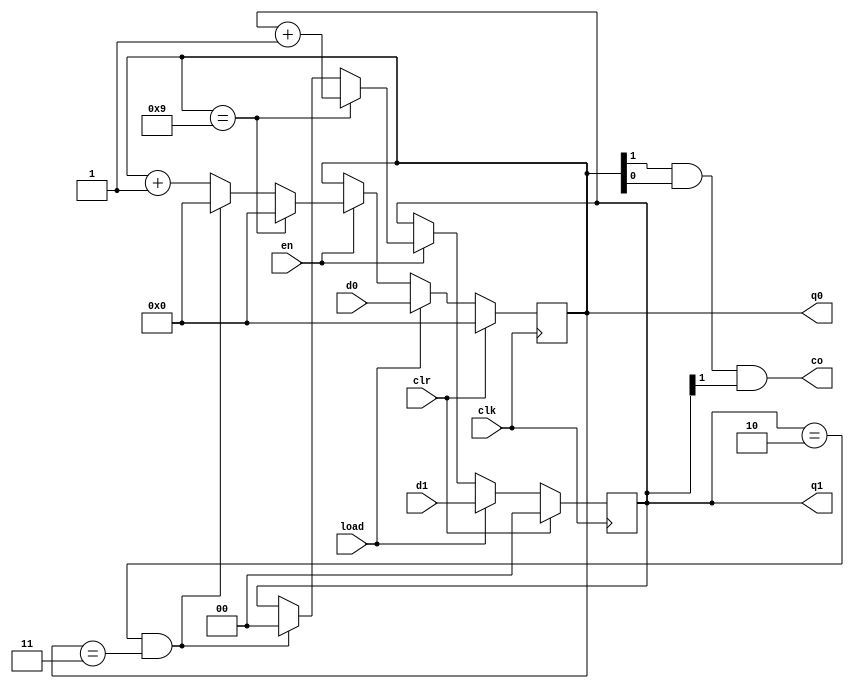
module counter24 (
  input            clk,
  input            clr,
  input            load,
  input            en,
  input      [3:0] d0,
  input      [1:0] d1,
  output reg [3:0] q0,
  output reg [1:0] q1,
  output           co
);

assign co = q0[1] & q0[0] & q1[1]; // 10   11 = 23

always@(posedge clk) begin
  if (clr) begin
    q0 <= 0;
    q1 <= 0;
  end
  else if (load) begin
    q0 <= d0;
    q1 <= d1;
  end
  else if (en) begin
    if (q0 == 9) begin
      q0 <= 0;
      q1 <= q1 + 1;
    end
    else if (q1 == 2 & q0 == 3) begin // 23
      q1 <= 0;
      q0 <= 0;
    end 
    else 
      q0 <= q0 + 1;
  end
  else begin
    q0 <= q0;
    q1 <= q1;
  end
end

endmodule